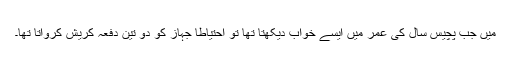
میں جب پچیس سال کی عمر میں ایسے خواب دیکھتا تھا تو احتیاطاً جہاز کو دو تین دفعہ کریش کرواتا تھا۔